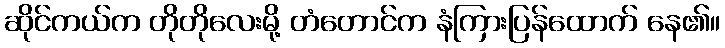
ဆိုင်ကယ်က တိုတိုလေးမို့ တံတောင်က နံကြားပြန်ထောက် နေ၏။